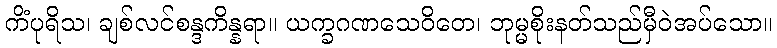
ကိံပုရိသ၊ ချစ်လင်စန္ဒကိန္နရာ။ ယက္ခဂဏသေဝိတေ၊ ဘုမ္မစိုးနတ်သည်မှီဝဲအပ်သော။